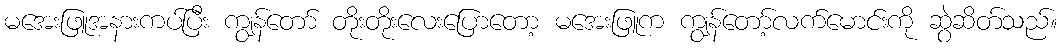
မအေးဖြူအနားကပ်ပြီး ကျွန်တော် တိုးတိုးလေးပြောတော့ မအေးဖြူက ကျွန်တော့်လက်မောင်းကို ဆွဲဆိတ်သည်။